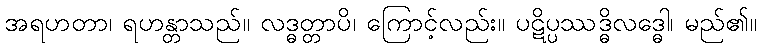
အရဟတာ၊ ရဟန္တာသည်။ လဒ္ဓတ္တာပိ၊ ကြောင့်လည်း။ ပဋိပ္ပဿဒ္ဓိလဒ္ဓေါ၊ မည်၏။